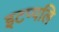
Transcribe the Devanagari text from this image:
इटप्पलि